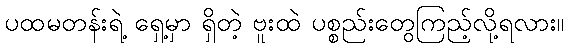
ပထမတန်းရဲ့ ရှေ့မှာ ရှိတဲ့ ဗူးထဲ ပစ္စည်းတွေကြည့်လို့ရလား။